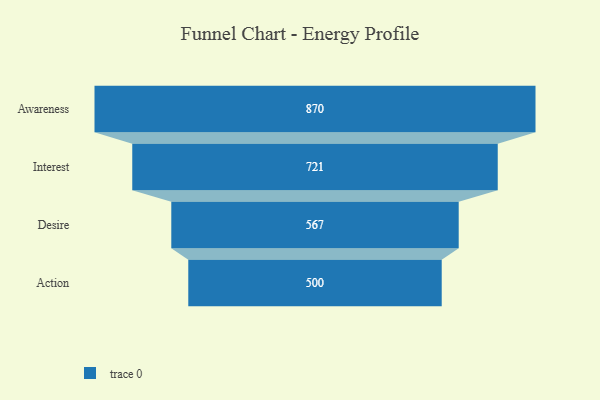
{"axis": {"x": "Stage", "y": "Value"}, "legend": [""], "data": [{"x": "Awareness", "y": 870.0, "type": ""}, {"x": "Interest", "y": 721.0, "type": ""}, {"x": "Desire", "y": 567.0, "type": ""}, {"x": "Action", "y": 500, "type": ""}]}